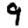
Digit: 9